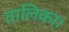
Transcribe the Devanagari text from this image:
तालिका।